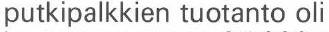
putkipalkkien tuotanto oli